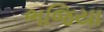
ભજિયા